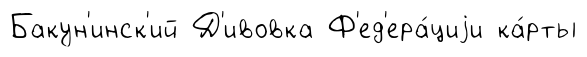
Бакун'инск'ий Д'ивовка Ф'ед'ера́циjи ка́рты